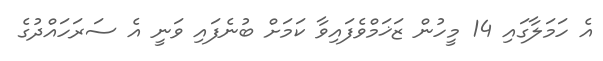
އެ ހަމަލާގައި 14 މީހުން ޒަޚަމްވެފައިވާ ކަމަށް ބުނެފައި ވަނީ އެ ސަރަހައްދުގެ